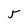
Character: 5